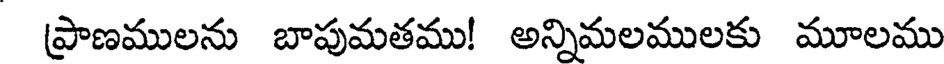
(ప్రాణములను బాపుమతము! అన్నిమలములకు మూలము